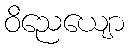
ဝိညေယျော